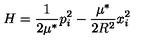
H = \frac { 1 } { 2 \mu ^ { * } } p _ { i } ^ { 2 } - \frac { \mu ^ { * } } { 2 R ^ { 2 } } x _ { i } ^ { 2 }